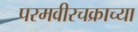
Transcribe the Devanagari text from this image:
परमवीरचक्राच्या